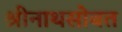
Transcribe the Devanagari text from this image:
श्रीनाथसोबत